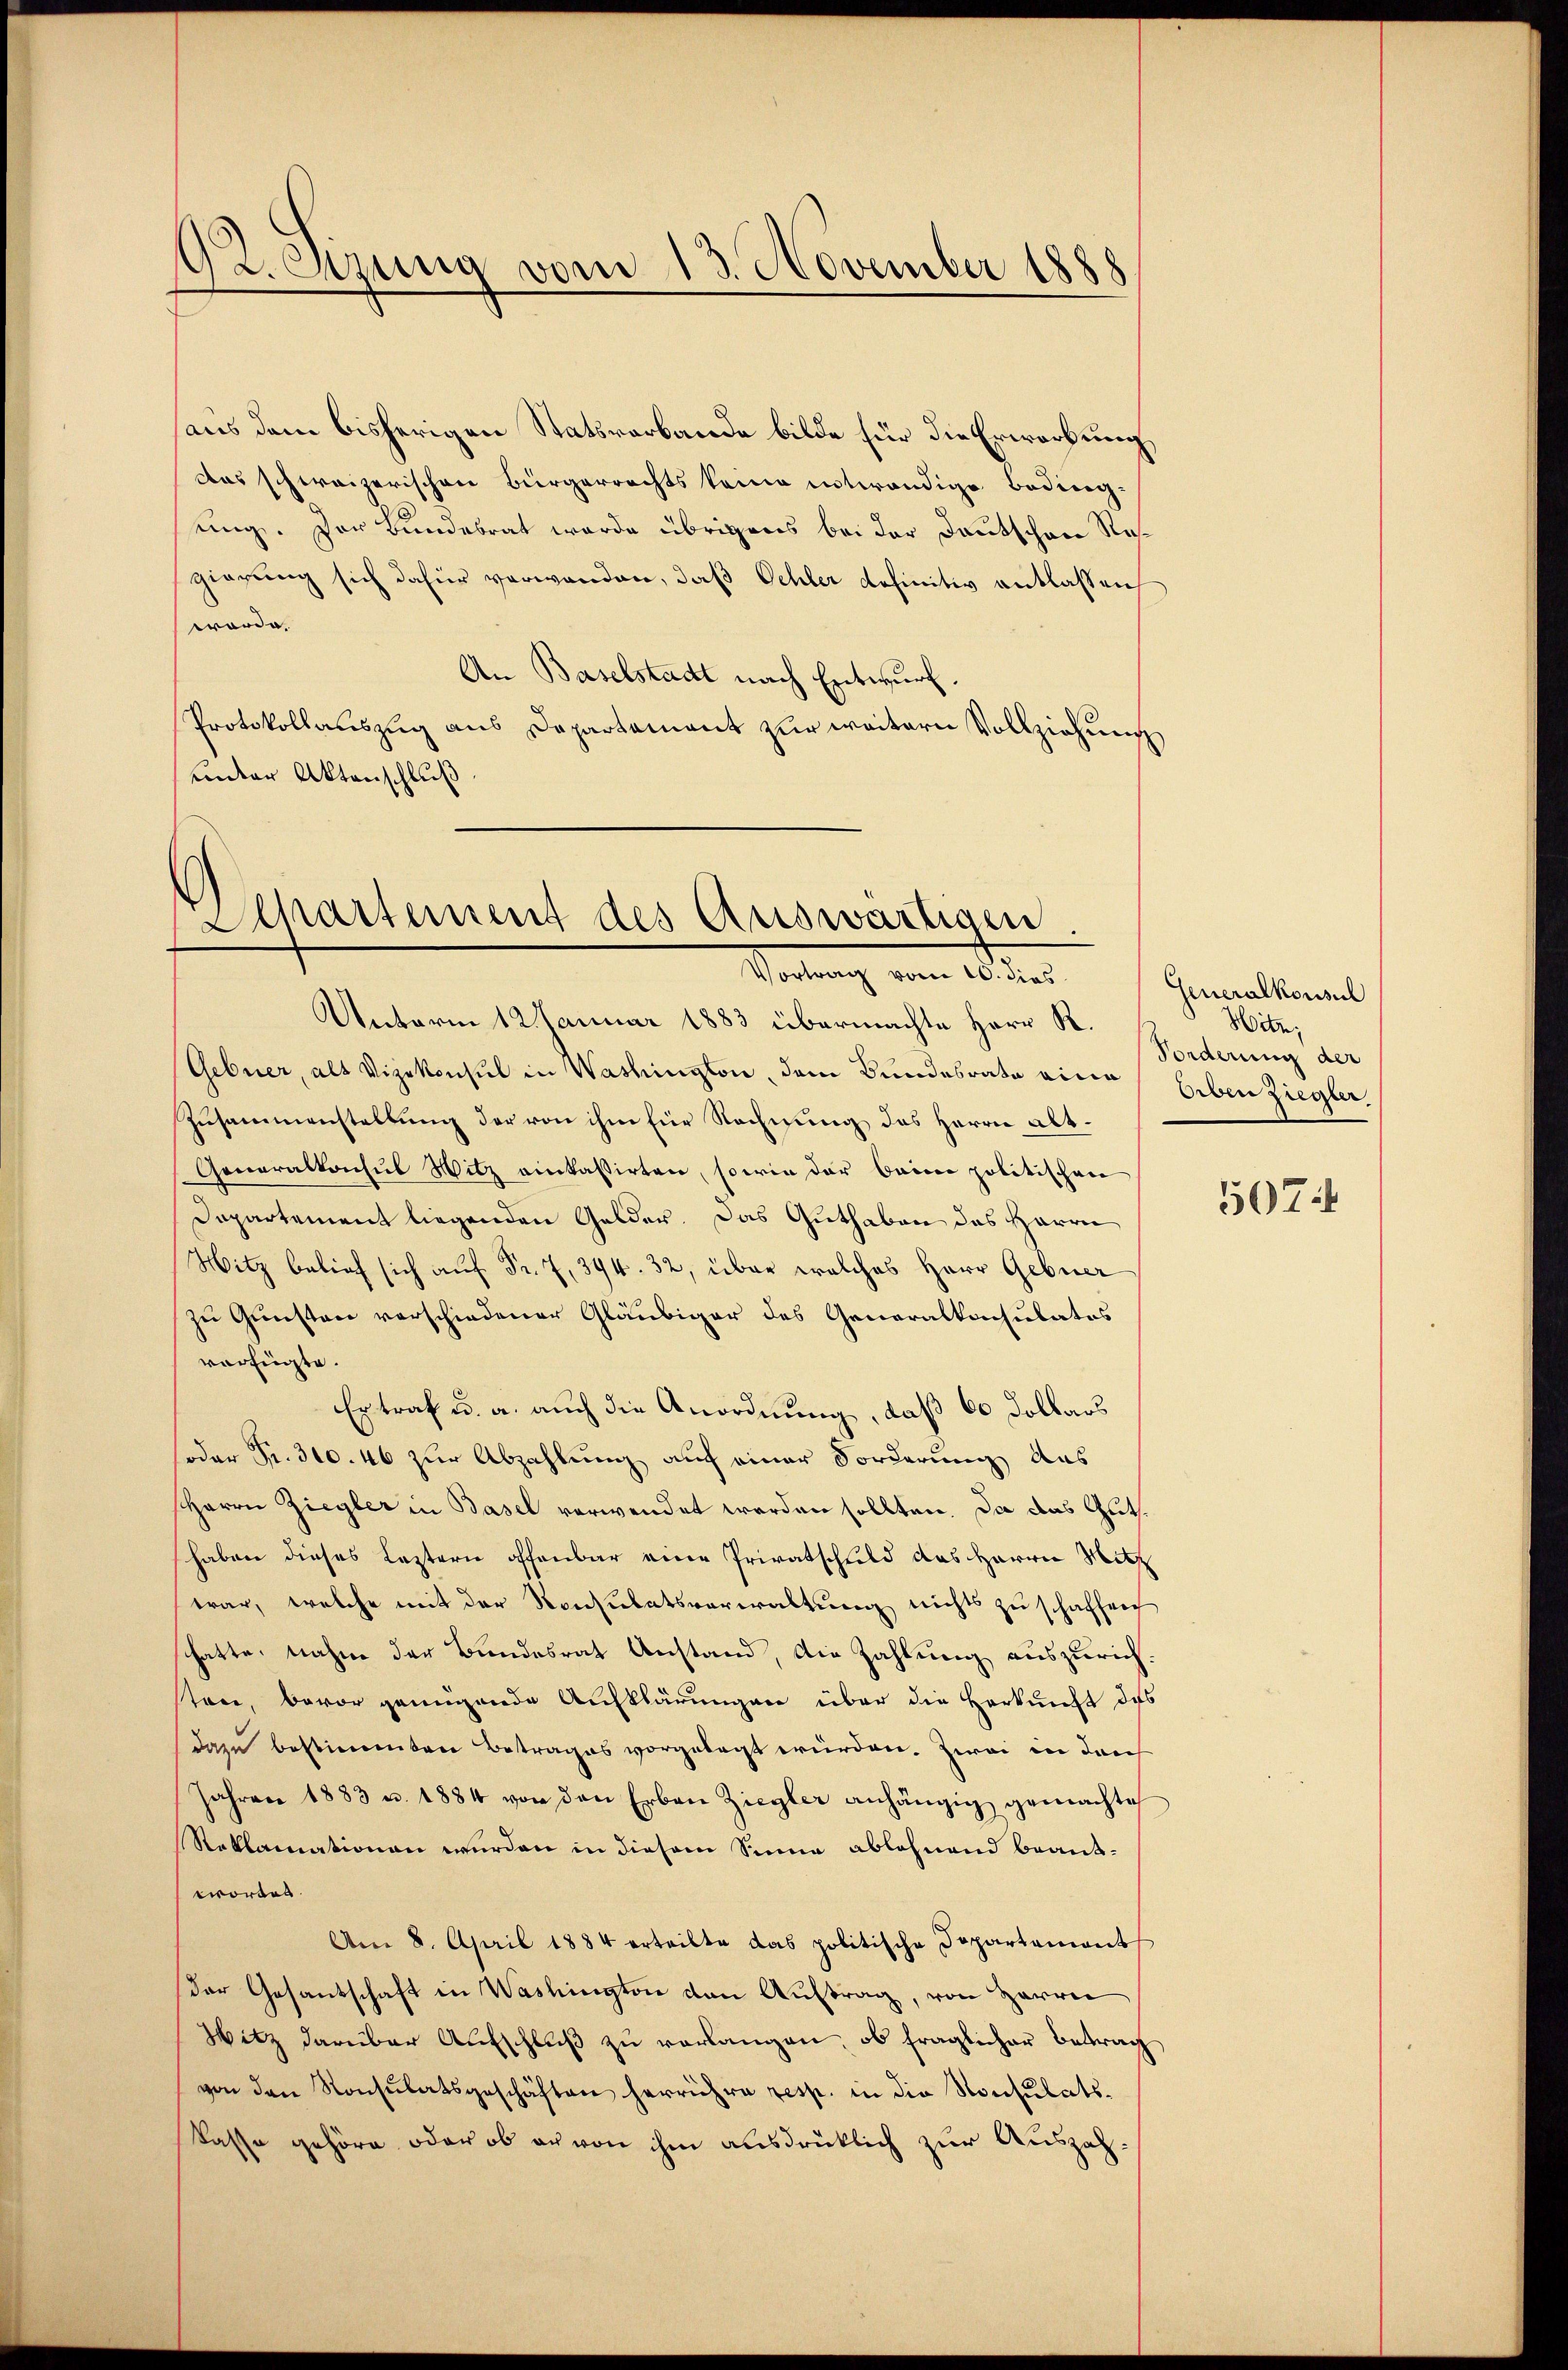
92. Szung vom 13. November 1888

aus dem bisherigen Statsverbande bilde für die Erwerbung,
Das schweizerischen Bürgerrechts keine entwendige Beding-
ung. Der Bundesrat wurde übrigens bei der Deutschen Regierung sich dafür verwanden, daß Ochler definitiv entlassen
worde.
An Baselstadt nach Entwurf.
Protokollauszug aus Departement zur weitern Vollziehung
unter Aktenschluß

Departement des Auswärtigen.
Vortrag vom 10. dies

Generalkonsul
Hitz,
Forderung der

Unterm 12. Januar 1883 übermachte Herr R.
Gebner, als Vizekonsul in Washington, dem Bundesrate eine Erben Ziegler,
Zusammenstellung der von ihm für Rechnung des Herrn Alt¬
Generalkonsul Witz einkassirten, sowie der baire politischen
Dapartement liegenden Gelder. Das Guthaben des Herrn
Witz belief sich auf Fr. 7, 394. 32, über welches Herr Gebuer
zu Gunsten verschiedener Gläubiger des Generalkonsulatos
verfügte.
Ertraf u. a. auch die Anordnung, daß 60 Dollars
soder Fr. 300. 46 zur Abzahlung auf einer Forderung das
Herrn Ziegler in Basel verwendet werden sollten. Da das Guts.
haben dieses Leztern offenbar eine Privatschild das Herrn Mitz
war, welche mit der Konsulatsverwaltung nichts zu schaffen
chatte, nahm der Bundesrat Anstand, die Zahlung auszurichstare, bevor genügende Aufklärungen über die Herkunft des
dazu bestimmten Betrages vorgelegt würden. Zwai in darch
Jahren 1883 u. 1884 von den Erben Ziegler anhängig gemachte
Reklamationen wurden in diesem Sinne ablehnend beantwortet.
Am 8. April 1884 erteilte das politische Departament
Der Gesandschaft in Washington den Auftrag, von Herren
Witz darüber Aufschluβ zŭ verlangen, ob fraglicher Betrag
von den Konsulatsgeschäften herrühre resp. in die Konsulats-
Kasse gehöre, oder ob er von ihm ausdrücklich zur Auszah¬

507.